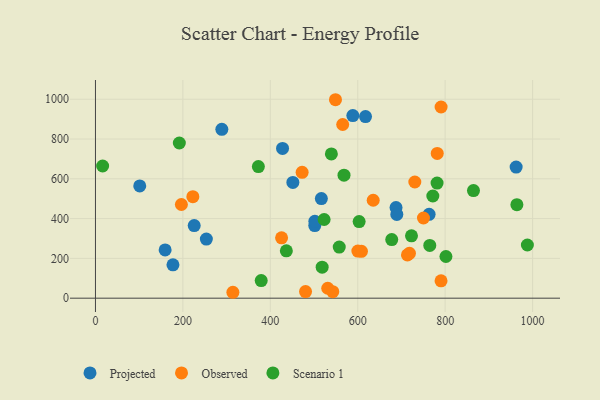
{"axis": {"x": "Study Hours", "y": "Demand"}, "legend": ["Observed", "Projected", "Scenario 1"], "data": [{"x": "451.6", "y": 581.8, "type": "Projected"}, {"x": "177.3", "y": 167.9, "type": "Projected"}, {"x": "289.1", "y": 848.8, "type": "Projected"}, {"x": "962.4", "y": 658.9, "type": "Projected"}, {"x": "687.6", "y": 455.5, "type": "Projected"}, {"x": "516.8", "y": 500.7, "type": "Projected"}, {"x": "501.7", "y": 364.8, "type": "Projected"}, {"x": "101.3", "y": 564.0, "type": "Projected"}, {"x": "428.0", "y": 752.8, "type": "Projected"}, {"x": "253.7", "y": 297.0, "type": "Projected"}, {"x": "588.8", "y": 917.8, "type": "Projected"}, {"x": "159.4", "y": 242.4, "type": "Projected"}, {"x": "501.9", "y": 386.5, "type": "Projected"}, {"x": "617.8", "y": 912.9, "type": "Projected"}, {"x": "225.9", "y": 365.2, "type": "Projected"}, {"x": "763.3", "y": 421.5, "type": "Projected"}, {"x": "689.4", "y": 421.0, "type": "Projected"}, {"x": "531.4", "y": 50.0, "type": "Observed"}, {"x": "750.4", "y": 403.0, "type": "Observed"}, {"x": "790.7", "y": 961.0, "type": "Observed"}, {"x": "314.4", "y": 29.7, "type": "Observed"}, {"x": "222.8", "y": 510.1, "type": "Observed"}, {"x": "425.8", "y": 303.5, "type": "Observed"}, {"x": "713.7", "y": 217.3, "type": "Observed"}, {"x": "549.1", "y": 997.5, "type": "Observed"}, {"x": "730.6", "y": 583.9, "type": "Observed"}, {"x": "608.5", "y": 235.6, "type": "Observed"}, {"x": "781.9", "y": 727.6, "type": "Observed"}, {"x": "196.6", "y": 470.8, "type": "Observed"}, {"x": "718.3", "y": 225.3, "type": "Observed"}, {"x": "565.6", "y": 872.9, "type": "Observed"}, {"x": "542.9", "y": 32.8, "type": "Observed"}, {"x": "790.6", "y": 87.2, "type": "Observed"}, {"x": "600.3", "y": 236.6, "type": "Observed"}, {"x": "472.8", "y": 632.8, "type": "Observed"}, {"x": "480.6", "y": 33.0, "type": "Observed"}, {"x": "635.4", "y": 492.3, "type": "Observed"}, {"x": "568.6", "y": 618.2, "type": "Scenario 1"}, {"x": "964.1", "y": 469.8, "type": "Scenario 1"}, {"x": "723.0", "y": 313.3, "type": "Scenario 1"}, {"x": "988.1", "y": 267.2, "type": "Scenario 1"}, {"x": "603.2", "y": 385.3, "type": "Scenario 1"}, {"x": "16.4", "y": 664.5, "type": "Scenario 1"}, {"x": "864.8", "y": 540.9, "type": "Scenario 1"}, {"x": "801.8", "y": 209.4, "type": "Scenario 1"}, {"x": "523.1", "y": 395.5, "type": "Scenario 1"}, {"x": "191.9", "y": 780.0, "type": "Scenario 1"}, {"x": "781.5", "y": 578.5, "type": "Scenario 1"}, {"x": "539.7", "y": 725.0, "type": "Scenario 1"}, {"x": "372.7", "y": 661.3, "type": "Scenario 1"}, {"x": "379.2", "y": 88.5, "type": "Scenario 1"}, {"x": "677.8", "y": 294.4, "type": "Scenario 1"}, {"x": "764.8", "y": 265.2, "type": "Scenario 1"}, {"x": "518.6", "y": 156.1, "type": "Scenario 1"}, {"x": "557.7", "y": 256.9, "type": "Scenario 1"}, {"x": "436.7", "y": 237.8, "type": "Scenario 1"}, {"x": "771.8", "y": 513.5, "type": "Scenario 1"}]}